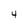
Character: 4